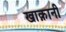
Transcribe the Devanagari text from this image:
खाक़ानी